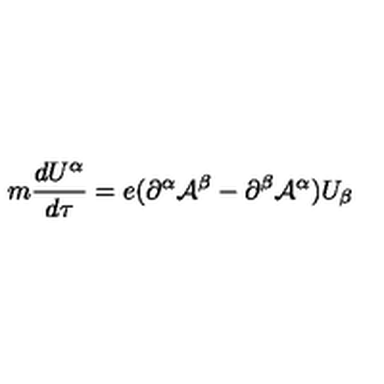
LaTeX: m \frac { d U ^ { \alpha } } { d \tau } = e ( \partial ^ { \alpha } { \cal A } ^ { \beta } - \partial ^ { \beta } { \cal A } ^ { \alpha } ) U _ { \beta }